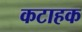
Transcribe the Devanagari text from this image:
कटाहक